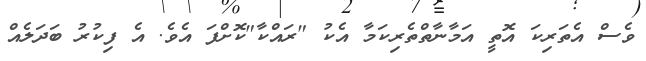
ވެސް އެތަރިކަ އޮތީ އަމާނާތްތެރިކަމާ އެކު "ރައްކާ"ކޮށްފަ އެވެ. އެ ފިކުރު ބަދަލެއް